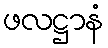
ဖလဋ္ဌာနံ